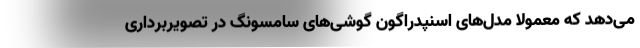
می‌دهد که معمولا مدل‌های اسنپدراگون گوشی‌های سامسونگ در تصویربرداری